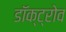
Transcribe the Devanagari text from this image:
डॉक्ट्रोव